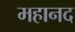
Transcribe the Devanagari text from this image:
महानद